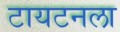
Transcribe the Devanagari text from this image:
टायटनला